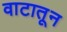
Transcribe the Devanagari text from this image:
वाटातून